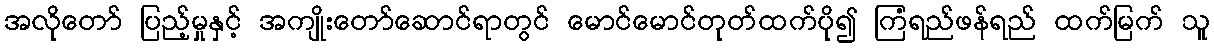
အလိုတော် ပြည့်မှုနှင့် အကျိုးတော်ဆောင်ရာတွင် မောင်မောင်တုတ်ထက်ပို၍ ကြံရည်ဖန်ရည် ထက်မြက် သူ